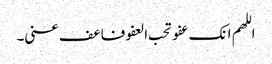
اللھم انک عفو تحب العفو فاعف عنی۔